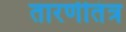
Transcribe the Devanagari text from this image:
तारणीतंत्र